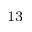
^ { 1 3 }